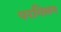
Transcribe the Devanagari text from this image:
परगिलन